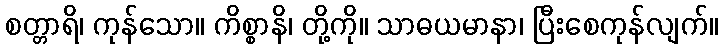
စတ္တာရိ၊ ကုန်သော။ ကိစ္စာနိ၊ တို့ကို။ သာဓယမာနာ၊ ပြီးစေကုန်လျက်။